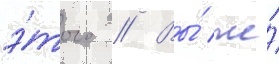
э́того // Вы́ же́